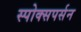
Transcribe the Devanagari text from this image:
स्पोक्सपर्सन